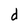
Character: d